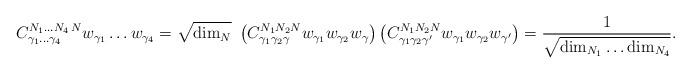
LaTeX: \begin{align*}{C}^{N_1\ldots N_4\,N}_{\gamma_1\ldots\gamma_4} w_{\gamma_1}\ldots w_{\gamma_4} = \sqrt{{\rm dim}_N} \ \left( {C}^{N_1 N_2 N}_{\gamma_1\gamma_2\gamma} w_{\gamma_1} w_{\gamma_2} w_{\gamma} \right) \left( {C}^{N_1 N_2 N}_{\gamma_1\gamma_2\gamma'} w_{\gamma_1} w_{\gamma_2} w_{\gamma'} \right) = {1\over \sqrt{{\rm dim}_{N_1} \ldots {\rm dim}_{N_4} }}.\end{align*}